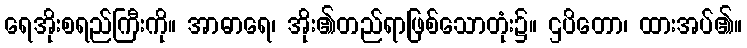
ရေအိုးစရည်ကြီးကို။ အာဓာရေ၊ အိုး၏တည်ရာဖြစ်သောတုံး၌။ ဌပိတော၊ ထားအပ်၏။